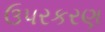
ઉપરકરણ